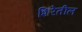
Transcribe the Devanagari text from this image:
शिरेतील